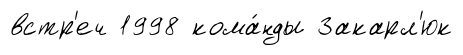
встр'еч 1998 кома́нды Закарл'юк